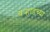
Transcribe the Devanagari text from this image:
वर्‍हाडच्या